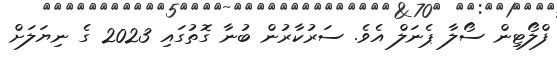
ފްލޯޓިން ސޯލާ ޕެނަލް އެވެ. ސަރުކާރުން ބުނާ ގޮތުގައި 2023 ގެ ނިޔަލަށް